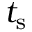
t _ { \mathrm { s } }